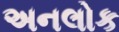
અનલોક